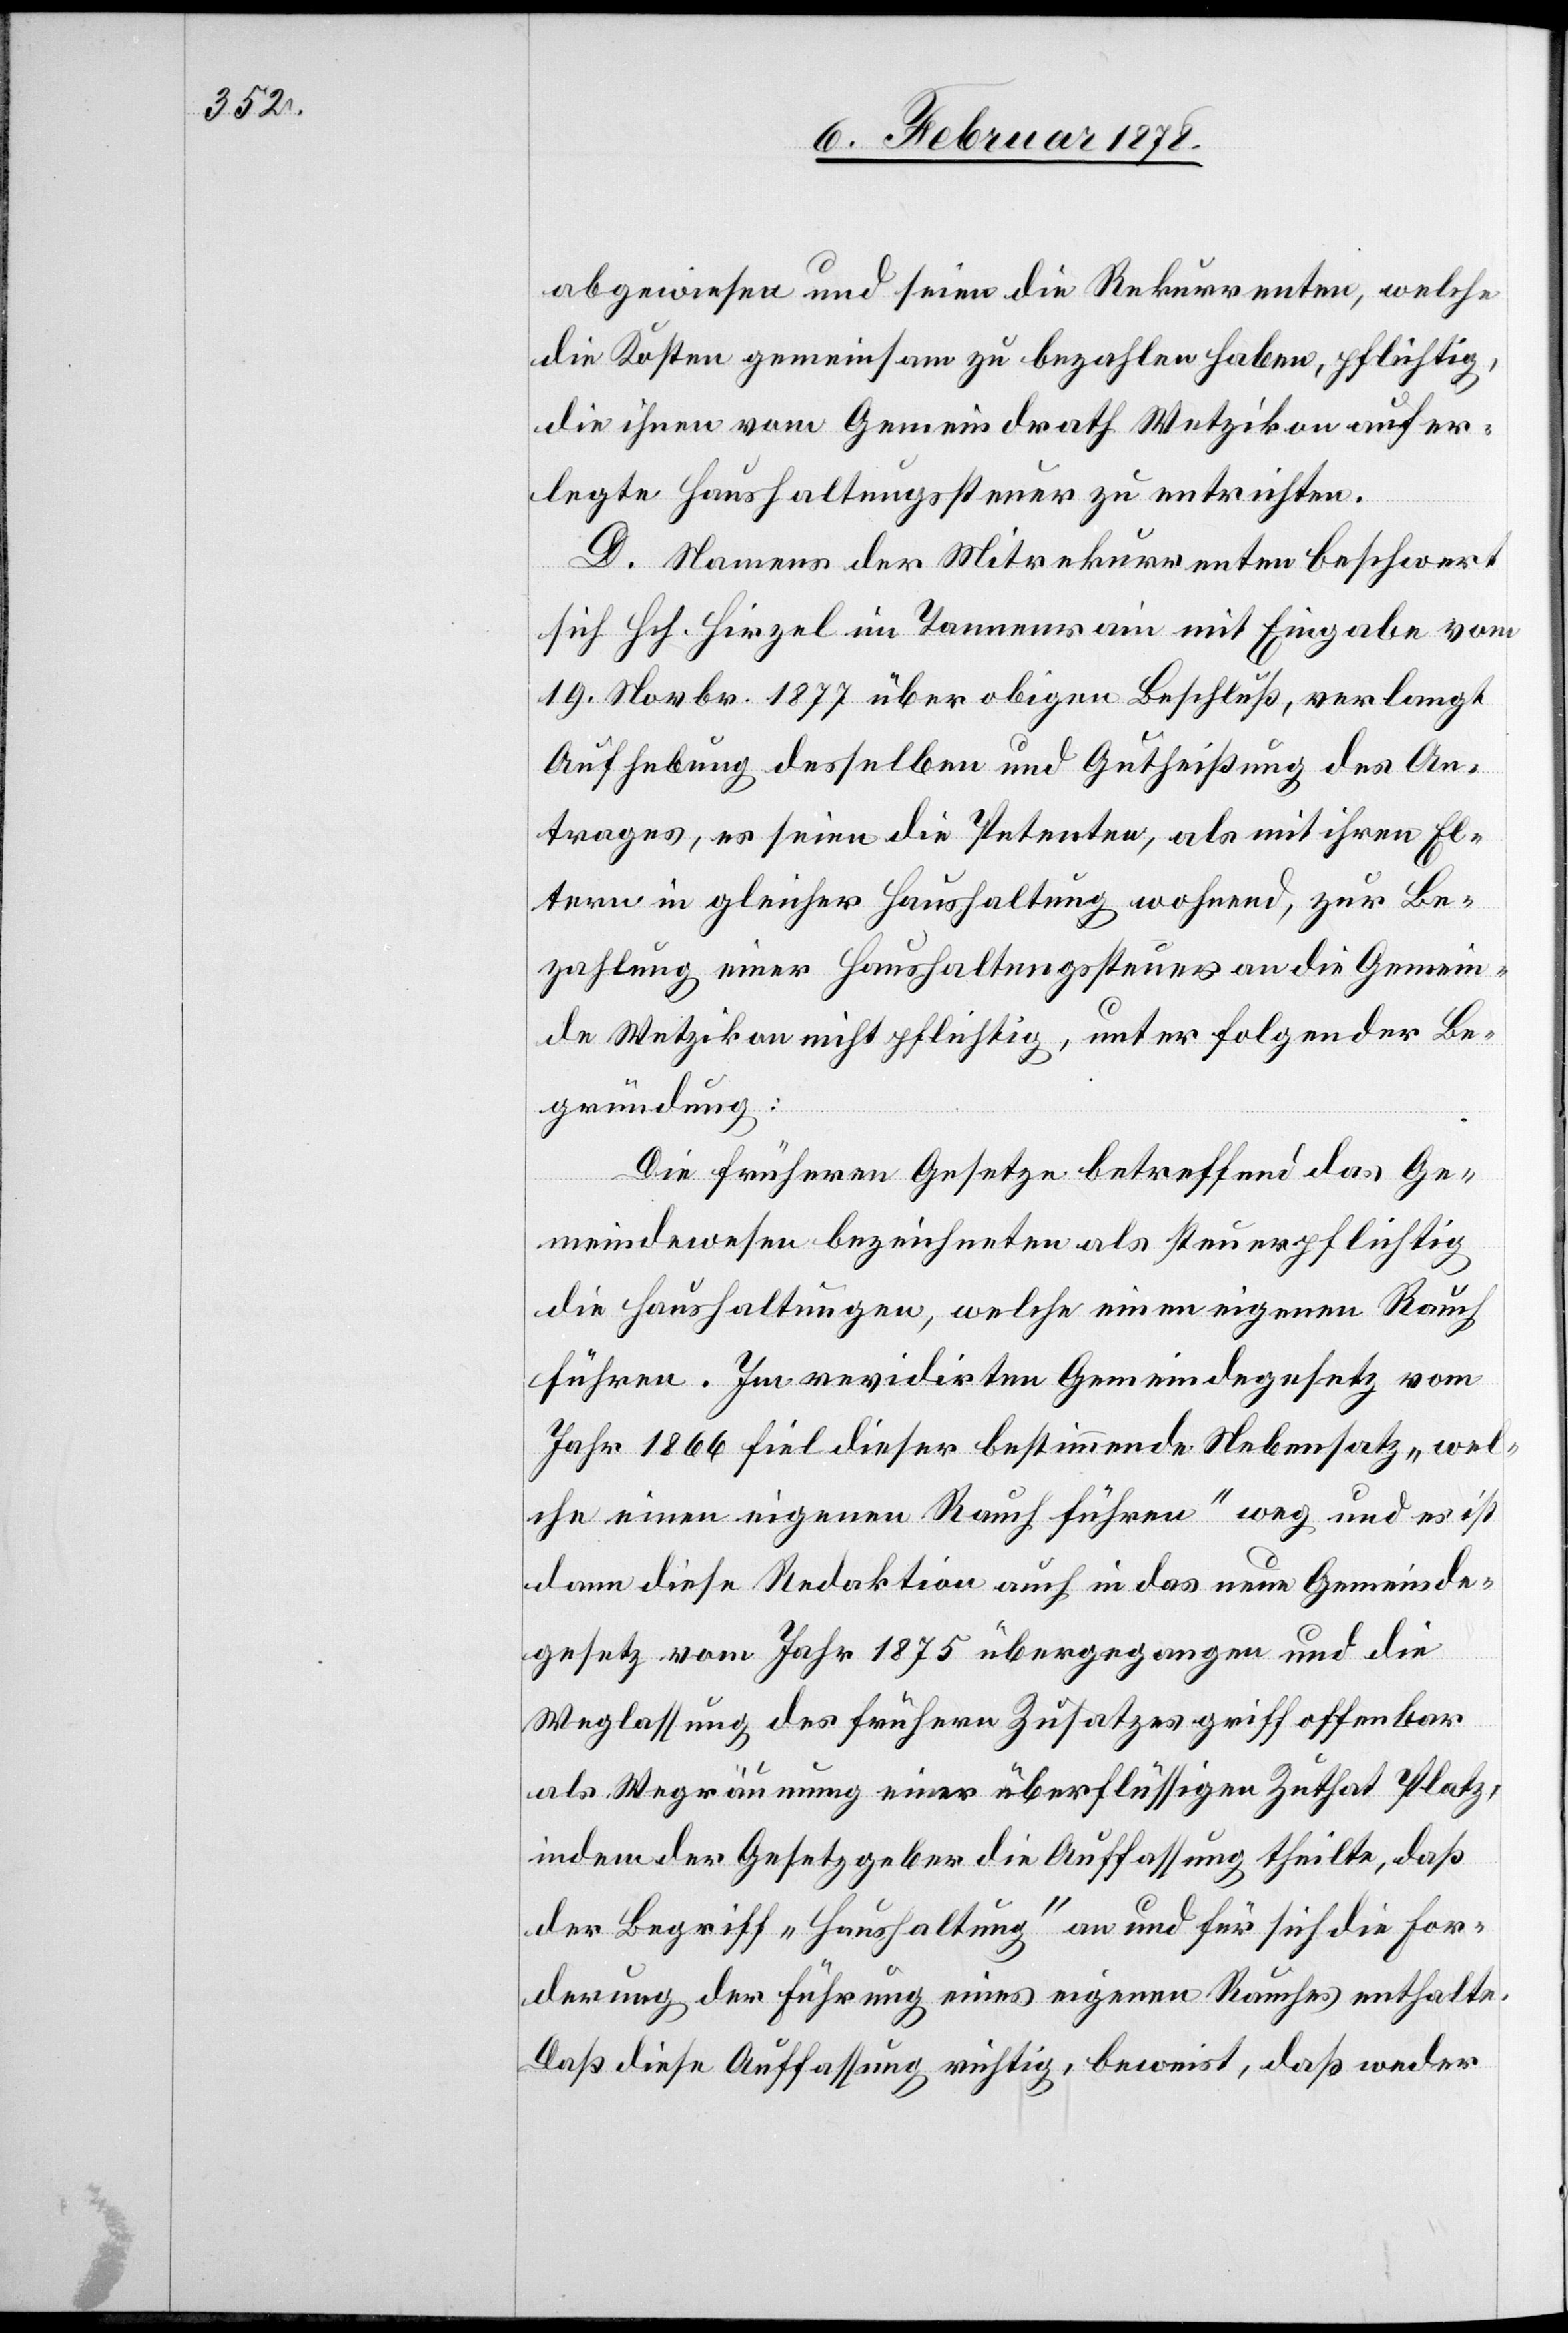
abgewiesen und seien die Rekurrenten, welche
die Kosten gemeinsam zu bezahlen haben, pflichtig,
die ihnen vom Gemeindrath Wetzikon aufer¬
legte Haushaltungssteuer zu entrichten.
D. Namens der Mitrekurrenten beschwert
sich Hch. Hirzel im Tannenrain mit Eingabe vom
19. Novbr. 1877 über obigen Beschluß, verlangt
Aufhebung desselben und Gutheißung des An¬
trages, es seien die Petenten, als mit ihren El¬
tern in gleicher Haushaltung wohnend, zur Be¬
zahlung einer Haushaltungssteuer an die Gemein¬
de Wetzikon nicht pflichtig, unter folgender Be¬
gründung:
Die früheren Gesetze betreffend das Ge¬
meindewesen bezeichneten als steuerpflichtig
die Haushaltungen, welche einen eigenen Rauch
führen. Im revidirten Gemeindegesetz vom
Jahr 1866 fiel dieser bestimmende Nebensatz „wel¬
che einen eigenen Rauch führen“ weg, und es ist
dann diese Redaktion auch in das neue Gemeinde¬
gesetz vom Jahr 1875 übergegangen und die
Weglassung des frühern Zusatzes griff offenbar
als Wegräumung einer überflüssigen Zuthat Platz,
indem der Gesetzgeber die Auffassung theilte, daß
der Begriff „Haushaltung“ an und für sich die For¬
derung der Führung eines eigenen Rauches enthalte.
Daß diese Auffassung richtig, beweist, daß weder